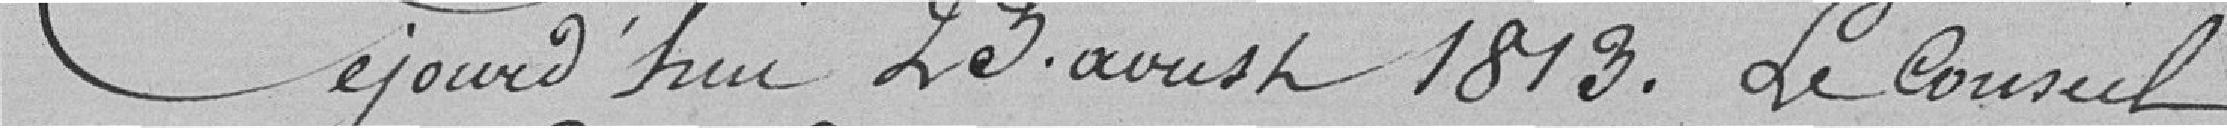
Ce jourd'hui 23 août 1813. Le Conseil